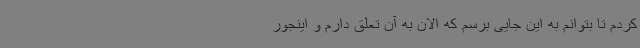
کردم تا بتوانم به این جایی برسم که الان به آن تعلق دارم و اینجور